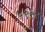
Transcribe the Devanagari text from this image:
५९९४